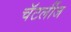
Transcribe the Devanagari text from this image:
चॅटर्लीज